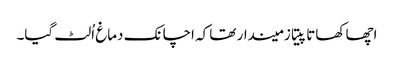
اچھا کھاتا پیتا زمیندار تھا کہ اچانک دماغ اُلٹ گیا۔